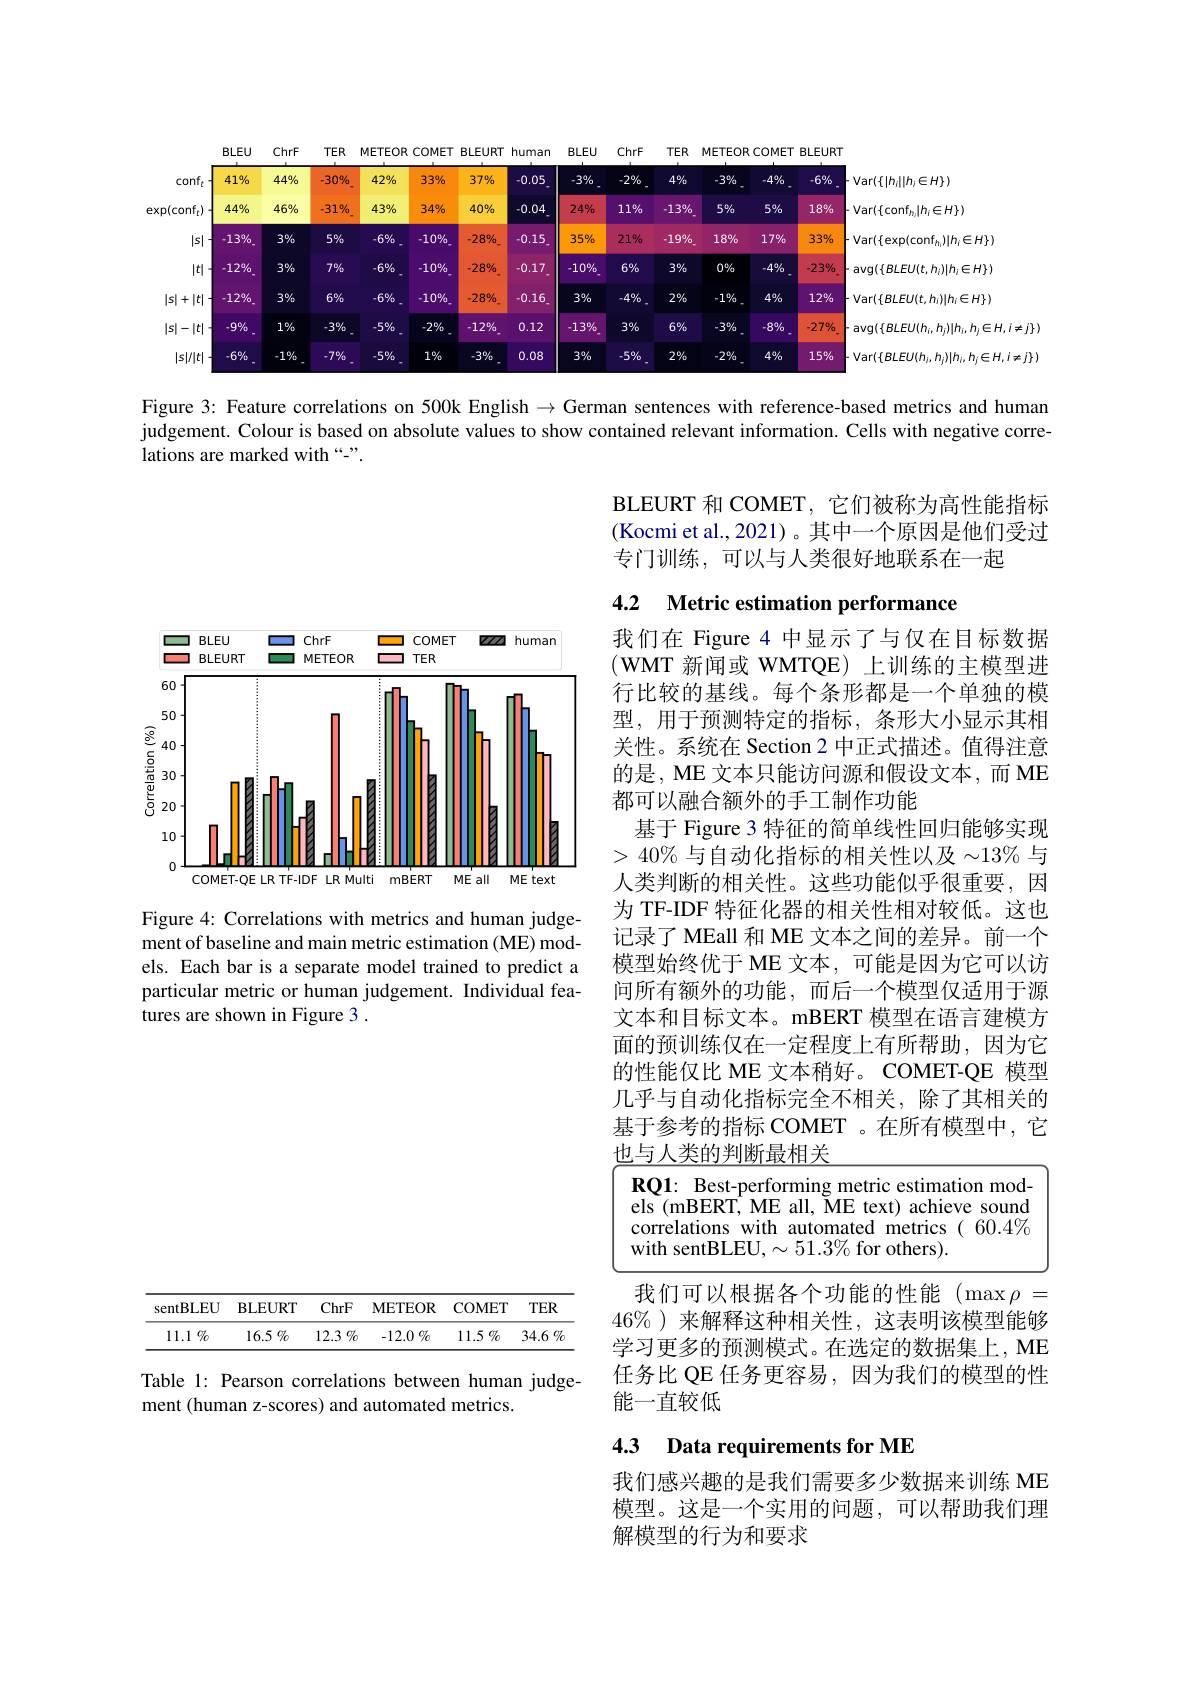
BLEU ChrF
TER METEOR COMET BLEURT human BLEU ChrF
TER METEOR COMET BLEURT
<FigureHere>
$\operatorname{svg}(\{BLEU(h_{i},h_{j})|h_{i},h_{j}\in H,i\neq j\})$

Figure 3: Feature correlations on 500k English $\to$German sentences with reference-based metrics and human judgement. Colour is based on absolute values to show contained relevant information. Cells with negative correlations are marked with “-”.

BLEURT 和 COMET,它们被称为高性能指标(Kocmi et al., 2021)。其中一个原因是他们受过专门训练，可以与人类很好地联系在一起

## 4.2 Metric estimation performance

<FigureHere>

我们在 Figure 4 中显示了与仅在目标数据$( \textbf{WMT 新 闻 或 WMTQE) 上 训 练 的 主 模 型 进 }$ 行比较的基线。每个条形都是一个单独的模型，用于预测特定的指标，条形大小显示其相关性。系统在 Section 2 中正式描述。值得注意的是，ME 文本只能访问源和假设文本，而 ME 都可以融合额外的手工制作功能
基于 Figure 3 特征的简单线性回归能够实现$>40\%$与自动化指标的相关性以及$\sim13\%$ 与人类判断的相关性。这些功能似乎很重要，因为 TF-IDF 特征化器的相关性相对较低。这也记录了 MEall 和 ME 文本之间的差异。前一个模型始终优于 ME 文本，可能是因为它可以访问所有额外的功能，而后一个模型仅适用于源文本和目标文本。mBERT 模型在语言建模方面的预训练仅在一定程度上有所帮助，因为它的性能仅比 ME 文本稍好。COMET-QE 模型几乎与自动化指标完全不相关，除了其相关的基于参考的指标 COMET 。在所有模型中，它也与人类的判断最相关

Figure 4: Correlations with metrics and human judgement of baseline and main metric estimation (ME) models. Each bar is a separate model trained to predict a particular metric or human judgement. Individual features are shown in Figure 3 .

<table>
	<tbody>
		<tr>
			<td>11</td>
			<td>$\mathbf{1: }$ Best-performing metric estimation mod (mRERT ME all MF $\varepsilon$ text) achieve sound</td>
		</tr>
		<tr>
			<td>T</td>
			<td>relations with automated metrics( 60.4% ${\mathrm{h~sentBLEU,}}\sim51.3\%$for others).</td>
		</tr>
	</tbody>
</table>
我们可以根据各个功能的性能(max$\rho=$

<table>
	<tbody>
		<tr>
			<th>sentBLEU</th>
			<th>$\mathbf{BLEURT}$</th>
			<th>ChrF</th>
			<th>METEOR</th>
			<th>COMET</th>
			<th>$TER$</th>
		</tr>
		<tr>
			<td>$11.1\%$</td>
			<td>16.5 $\%$</td>
			<td>12.3 $\%$</td>
			<td>$-12.0\%$</td>
			<td>$11.5\%$</td>
			<td>$34.6\%$</td>
		</tr>
	</tbody>
</table>

$46\%$ )来解释这种相关性，这表明该模型能够学习更多的预测模式。在选定的数据集上，ME 任务比 QE 任务更容易，因为我们的模型的性能一直较低

Table 1: Pearson correlations between human judge-
ment (human z-scores) and automated metrics.

## 4.3 Data requirements for ME

我们感兴趣的是我们需要多少数据来训练 ME 模型。这是一个实用的问题，可以帮助我们理解模型的行为和要求